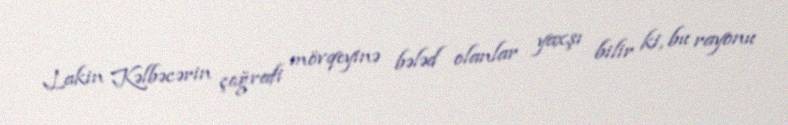
Lakin Kəlbəcərin çoğrafi mövqeyinə bələd olanlar yaxşı bilir ki, bu rayonu